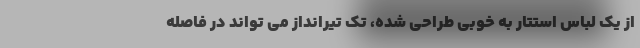
از یک لباس استتار به خوبی طراحی شده، تک تیرانداز می تواند در فاصله